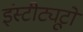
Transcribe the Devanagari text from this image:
इंस्टीट्यूटो